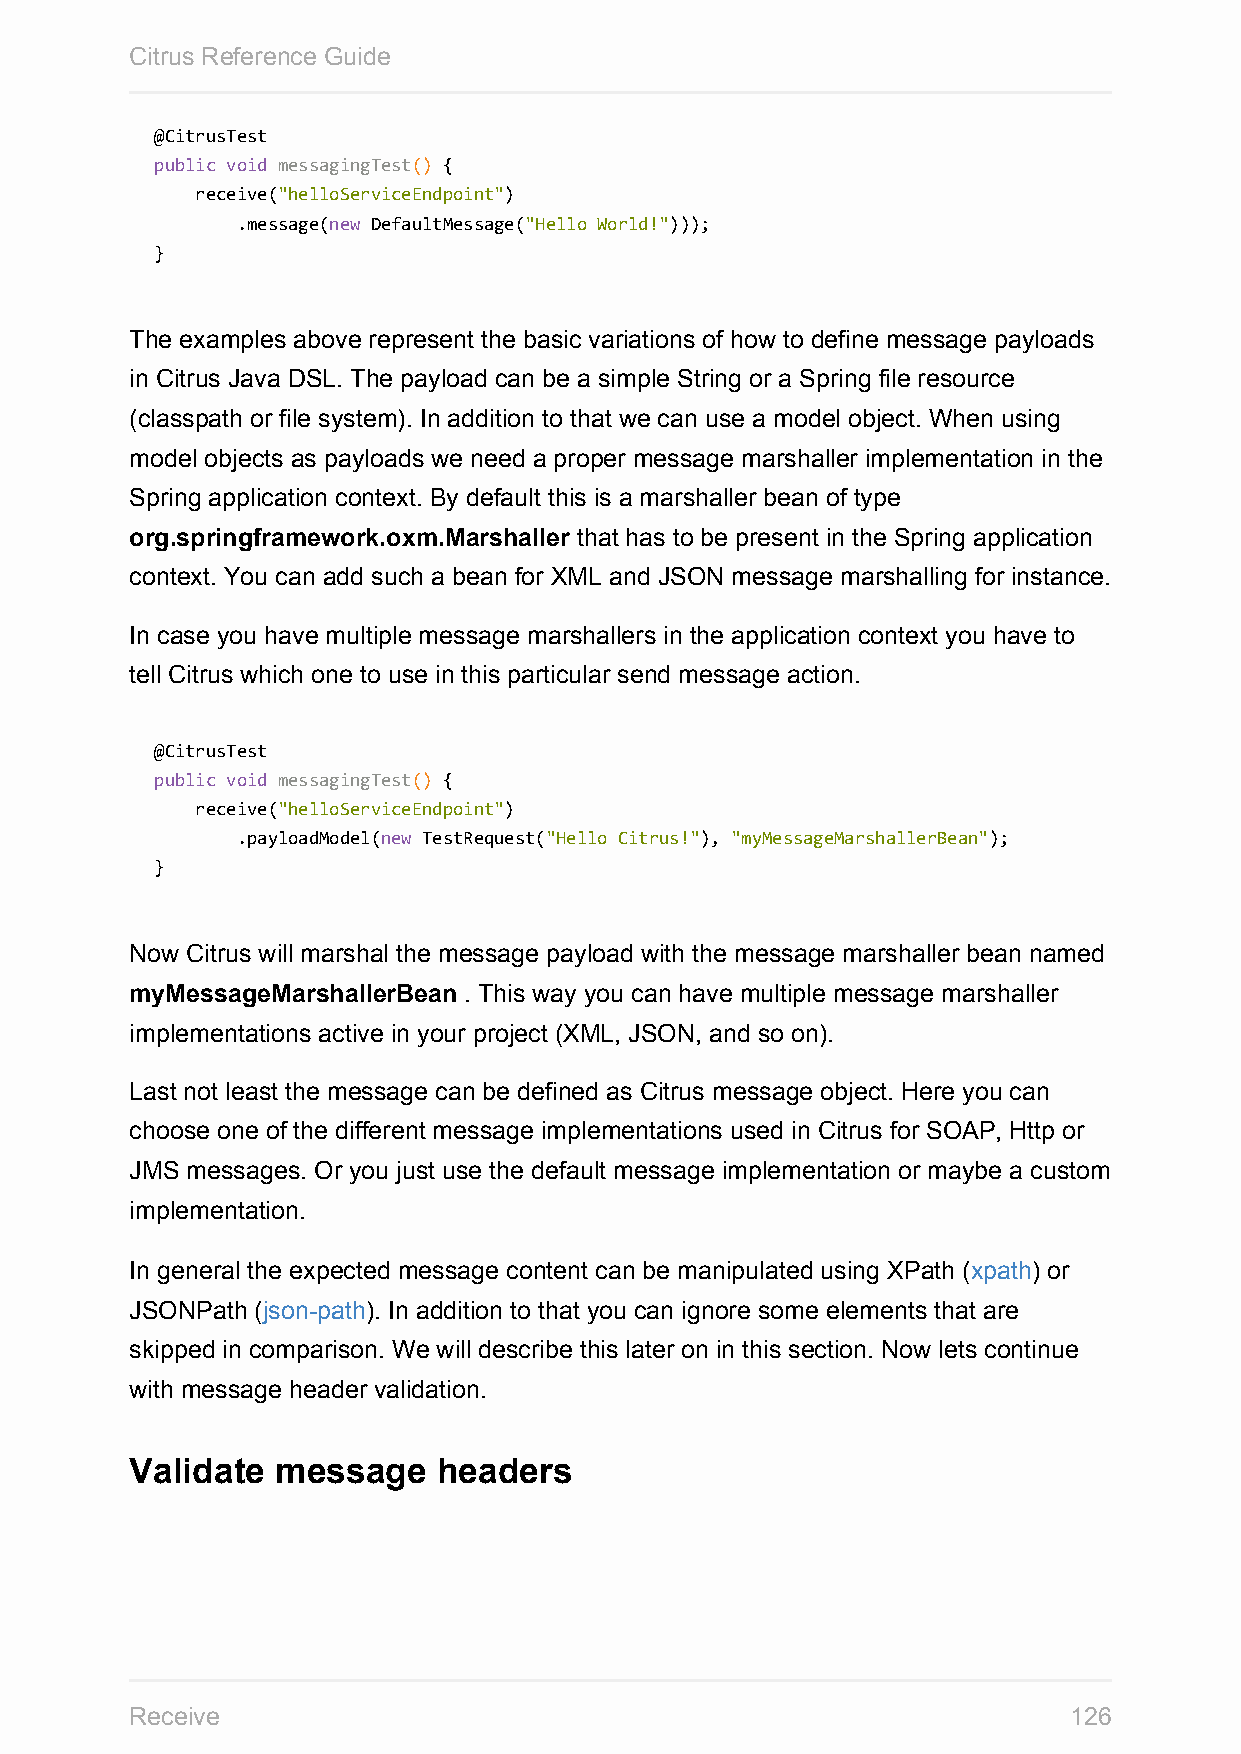
Citrus Reference Guide
 @CitrusTest
 public void messagingTest() {
 receive("helloServiceEndpoint")
 .message(new DefaultMessage("Hello World!")));
 }
 The examples above represent the basic variations of how to define message payloads
 in Citrus Java DSL. The payload can be a simple String or a Spring file resource
 (classpath or file system). In addition to that we can use a model object. When using
 model objects as payloads we need a proper message marshaller implementation in the
 Spring application context. By default this is a marshaller bean of type
 org.springframework.oxm.Marshaller that has to be present in the Spring application
 context. You can add such a bean for XML and JSON message marshalling for instance.
 In case you have multiple message marshallers in the application context you have to
 tell Citrus which one to use in this particular send message action.
 @CitrusTest
 public void messagingTest() {
 receive("helloServiceEndpoint")
 .payloadModel(new TestRequest("Hello Citrus!"), "myMessageMarshallerBean");
 }
 Now Citrus will marshal the message payload with the message marshaller bean named
 myMessageMarshallerBean . This way you can have multiple message marshaller
 implementations active in your project (XML, JSON, and so on).
 Last not least the message can be defined as Citrus message object. Here you can
 choose one of the different message implementations used in Citrus for SOAP, Http or
 JMS messages. Or you just use the default message implementation or maybe a custom
 implementation.
 In general the expected message content can be manipulated using XPath (xpath) or
 JSONPath (json-path). In addition to that you can ignore some elements that are
 skipped in comparison. We will describe this later on in this section. Now lets continue
 with message header validation.
 Validate message    headers
 Receive                                                       126